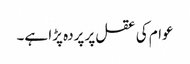
عوام کی عقل پر پردہ پڑا ہے۔